Indian journal of veterinary science and animal husbandry - Volume 2,
Year: 1932
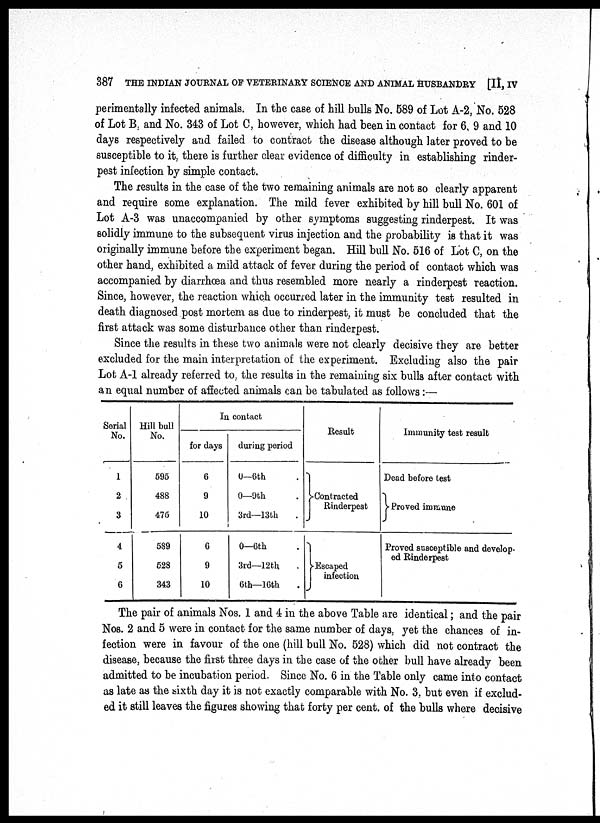
387 THE INDIAN JOURNAL OF VETERINARY SCIENCE AND ANIMAL HUSBANDRY [II, IV
perimentally infected animals. In the case of hill bulls No. 589 of Lot A-2, No. 528
of Lot B, and No. 343 of Lot C, however, which had been in contact for 6, 9 and 10
days respectively and failed to contract the disease although later proved to be
susceptible to it, there is further clear evidence of difficulty in establishing rinder-
pest infection by simple contact.
The results in the case of the two remaining animals are not so clearly apparent
and require some explanation. The mild fever exhibited by hill bull No. 601 of
Lot A-3 was unaccompanied by other symptoms suggesting rinderpest. It was
solidly immune to the subsequent virus injection and the probability is that it was
originally immune before the experiment began. Hill bull No. 516 of Lot C, on the
other hand, exhibited a mild attack of fever during the period of contact which was
accompanied by diarrhœa and thus resembled more nearly a rinderpest reaction.
Since, however, the reaction which occurred later in the immunity test resulted in
death diagnosed post mortem as due to rinderpest, it must be concluded that the
first attack was some disturbance other than rinderpest.
Since the results in these two animals were not clearly decisive they are better
excluded for the main interpretation of the experiment. Excluding also the pair
Lot A-1 already referred to, the results in the remaining six bulls after contact with
an equal number of affected animals can be tabulated as follows:—
Serial
No.
1
2
3
4
5
6
Hill bull
No.
595
488
475
589
528
343
In contact
for days
6
9
10
6
9
10
during period
0—6th
0—9th
3rd—13th
0—6th
3rd—12th
6th—16th
Result
Contracted
Rinderpest
Escaped
infection
Immunity test result
Dead before test
Proved immune
Proved susceptible and develop-
ed Rinderpest
The pair of animals Nos. 1 and 4 in the above Table are identical; and the pair
Nos. 2 and 5 were in contact for the same number of days, yet the chances of in-
fection were in favour of the one (hill bull No. 528) which did not contract the
disease, because the first three days in the case of the other bull have already been
admitted to be incubation period. Since No. 6 in the Table only came into contact
as late as the sixth day it is not exactly comparable with No. 3, but even if exclud-
ed it still leaves the figures showing that forty per cent. of the bulls where decisive